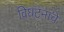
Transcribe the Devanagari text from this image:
विघटनाचे